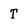
Character: T